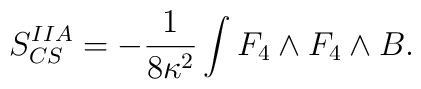
S_{CS}^{IIA} = -\frac{1}{8\kappa^2}\int F_4 \wedge F_4 \wedge B .